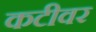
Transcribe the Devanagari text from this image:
कटीवर